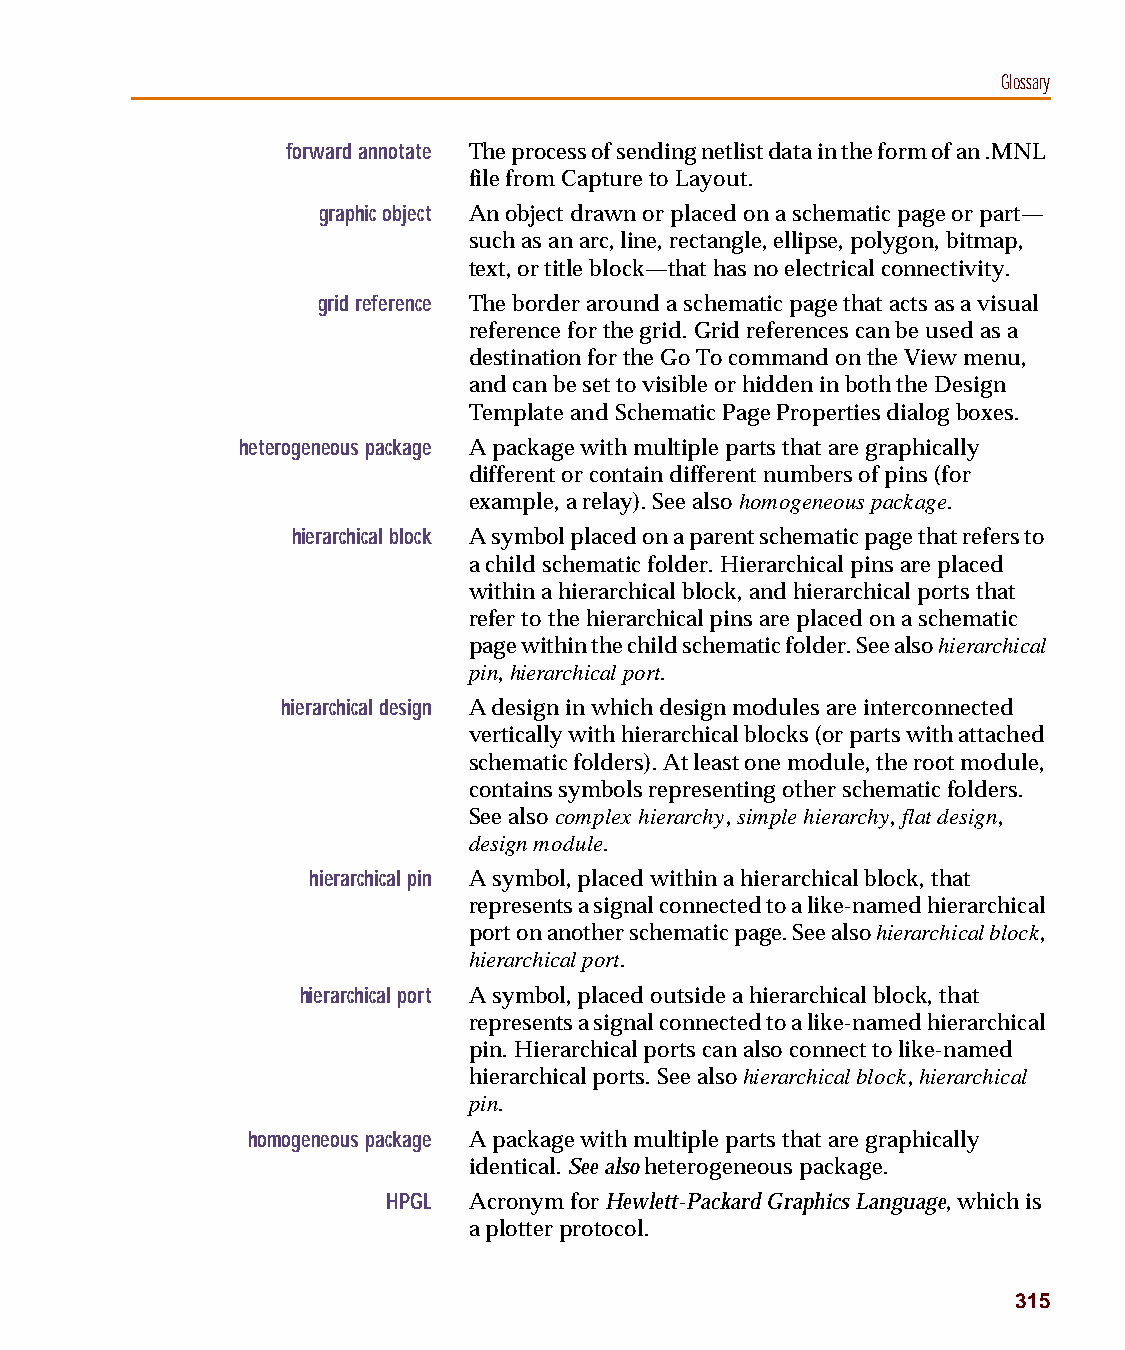
capug.book Page 315 Thursday, November 12, 1998 3:38 PM
 Glossary
 forward annotate The process of sending netlist data in the form of an .MNL
 file from Capture to Layout.
 graphic object An object drawn or placed on a schematic page or part—
 such as an arc, line, rectangle, ellipse, polygon, bitmap,
 text, or title block—that has no electrical connectivity.
 grid reference The border around a schematic page that acts as a visual
 reference for the grid. Grid references can be used as a
 destination for the Go To command on the View menu,
 and can be set to visible or hidden in both the Design
 Template and Schematic Page Properties dialog boxes.
 heterogeneous package A package with multiple parts that are graphically
 different or contain different numbers of pins (for
 example, a relay). See also homogeneous package.
 hierarchical block A symbol placed on a parent schematic page that refers to
 a child schematic folder. Hierarchical pins are placed
 within a hierarchical block, and hierarchical ports that
 refer to the hierarchical pins are placed on a schematic
 page within the child schematic folder. See also hierarchical
 pin, hierarchical port.
 hierarchical design A design in which design modules are interconnected
 vertically with hierarchical blocks (or parts with attached
 schematic folders). At least one module, the root module,
 contains symbols representing other schematic folders.
 See also complex hierarchy, simple hierarchy, flat design,
 design module.
 hierarchical pin A symbol, placed within a hierarchical block, that
 represents a signal connected to a like-named hierarchical
 port on another schematic page. See also hierarchical block,
 hierarchical port.
 hierarchical port A symbol, placed outside a hierarchical block, that
 represents a signal connected to a like-named hierarchical
 pin. Hierarchical ports can also connect to like-named
 hierarchical ports. See also hierarchical block, hierarchical
 pin.
 homogeneous package A package with multiple parts that are graphically
 identical. See also heterogeneous package.
 HPGL Acronym for Hewlett-Packard Graphics Language, which is
 a plotter protocol.
 315